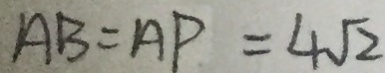
A B = A P = 4 \sqrt { 2 }